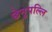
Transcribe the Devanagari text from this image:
छेनुपल्लि